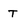
Character: T